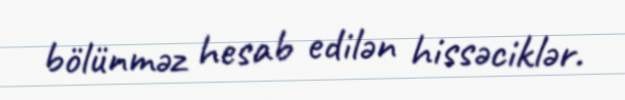
bölünməz hesab edilən hissəciklər.